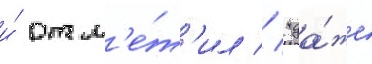
и́ отм'е́т'ил // "да́же